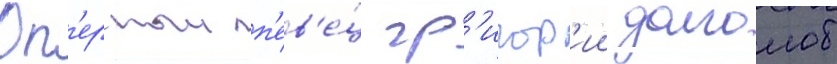
Оп'ерныи п'ев'е́ц гр'игор'ии долголоб